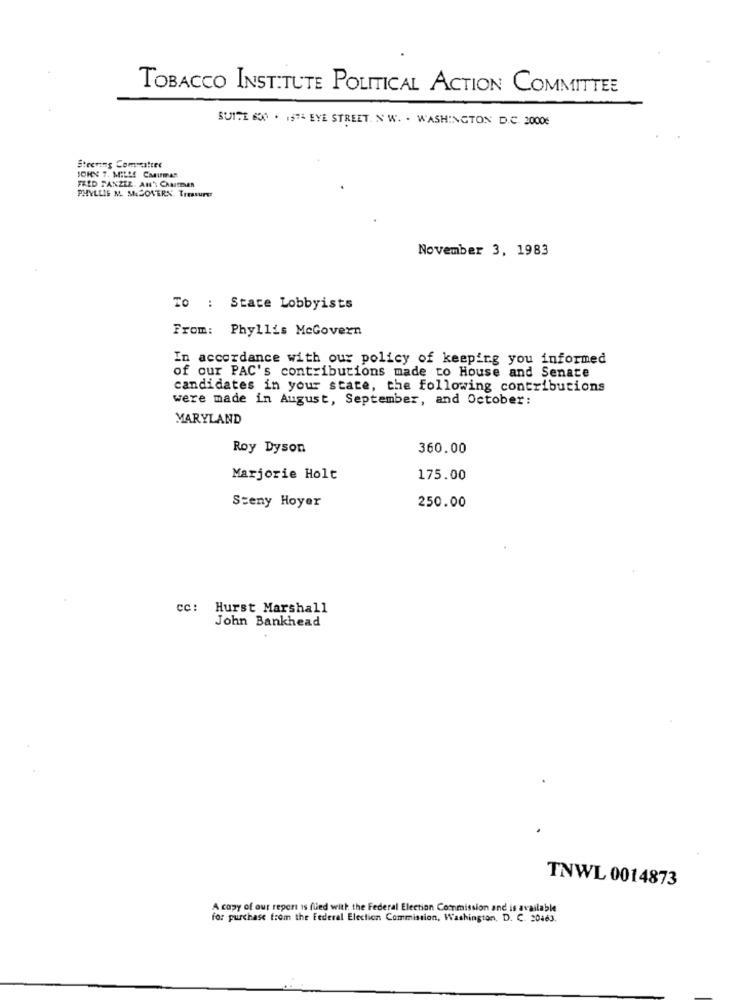
TOBACCO INSTITUTE POLITICAL ACTION COMMITTEE
SUITE 600 . 1ST4 EYE STREET. N W. . WASHINGTON D.C. 2000€
Steering Committee
JOHN 7. MILLE Caarmas
FRED PANZER. AN'\ CANTAR
PHYLLIS M. MECOVERN. Treasurer
November 3, 1983
To : Stace Lobbyists
From: Phyllis McGovern
In accordance with our policy of keeping you informed
of our PAC's contributions made to House and Senate
candidates in your state, the following contributions
were made in August, September, and October:
MARYLAND
Roy Dyson
360.00
Marjorie Holt
175.00
250.00
Steny Hoyer
cc: Hurst Marshall
John Bankhead
TNWL 0014873
A copy of our report is fued with the Federal Election Commission and is available
for purchase from the Federal Election Commission, Washington, D. C. 20463.